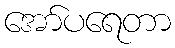
အော်ပရေတာ